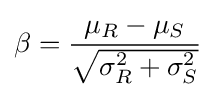
\beta ={\frac {\mu _{R}-\mu _{S}}{\sqrt {\sigma _{R}^{2}+\sigma _{S}^{2}}}}